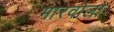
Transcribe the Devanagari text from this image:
मारवोलो